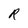
Character: R